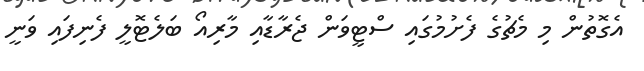
އެގޮތުން މި މެޗުގެ ފެށުމުގައި ސްޓީވަން ޖެރާޑާއި މާރިއޯ ބަލެޓޮލީ ފެނިފައި ވަނީ